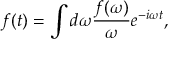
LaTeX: f ( t ) = \int { d \omega { \frac { f ( \omega ) } { \omega } } e ^ { - i \omega t } } ,